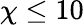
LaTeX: \chi\leq 10